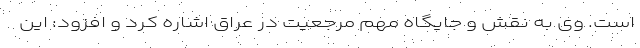
است. وی به نقش و جایگاه مهم مرجعیت در عراق اشاره کرد و افزود: این